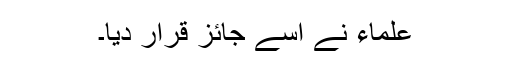
علماء نے اسے جائز قرار دیا۔